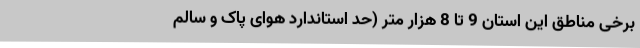
برخی مناطق این استان 9 تا 8 هزار متر (حد استاندارد هوای پاک و سالم